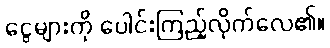
ငွေများကို ပေါင်းကြည့်လိုက်လေ၏။